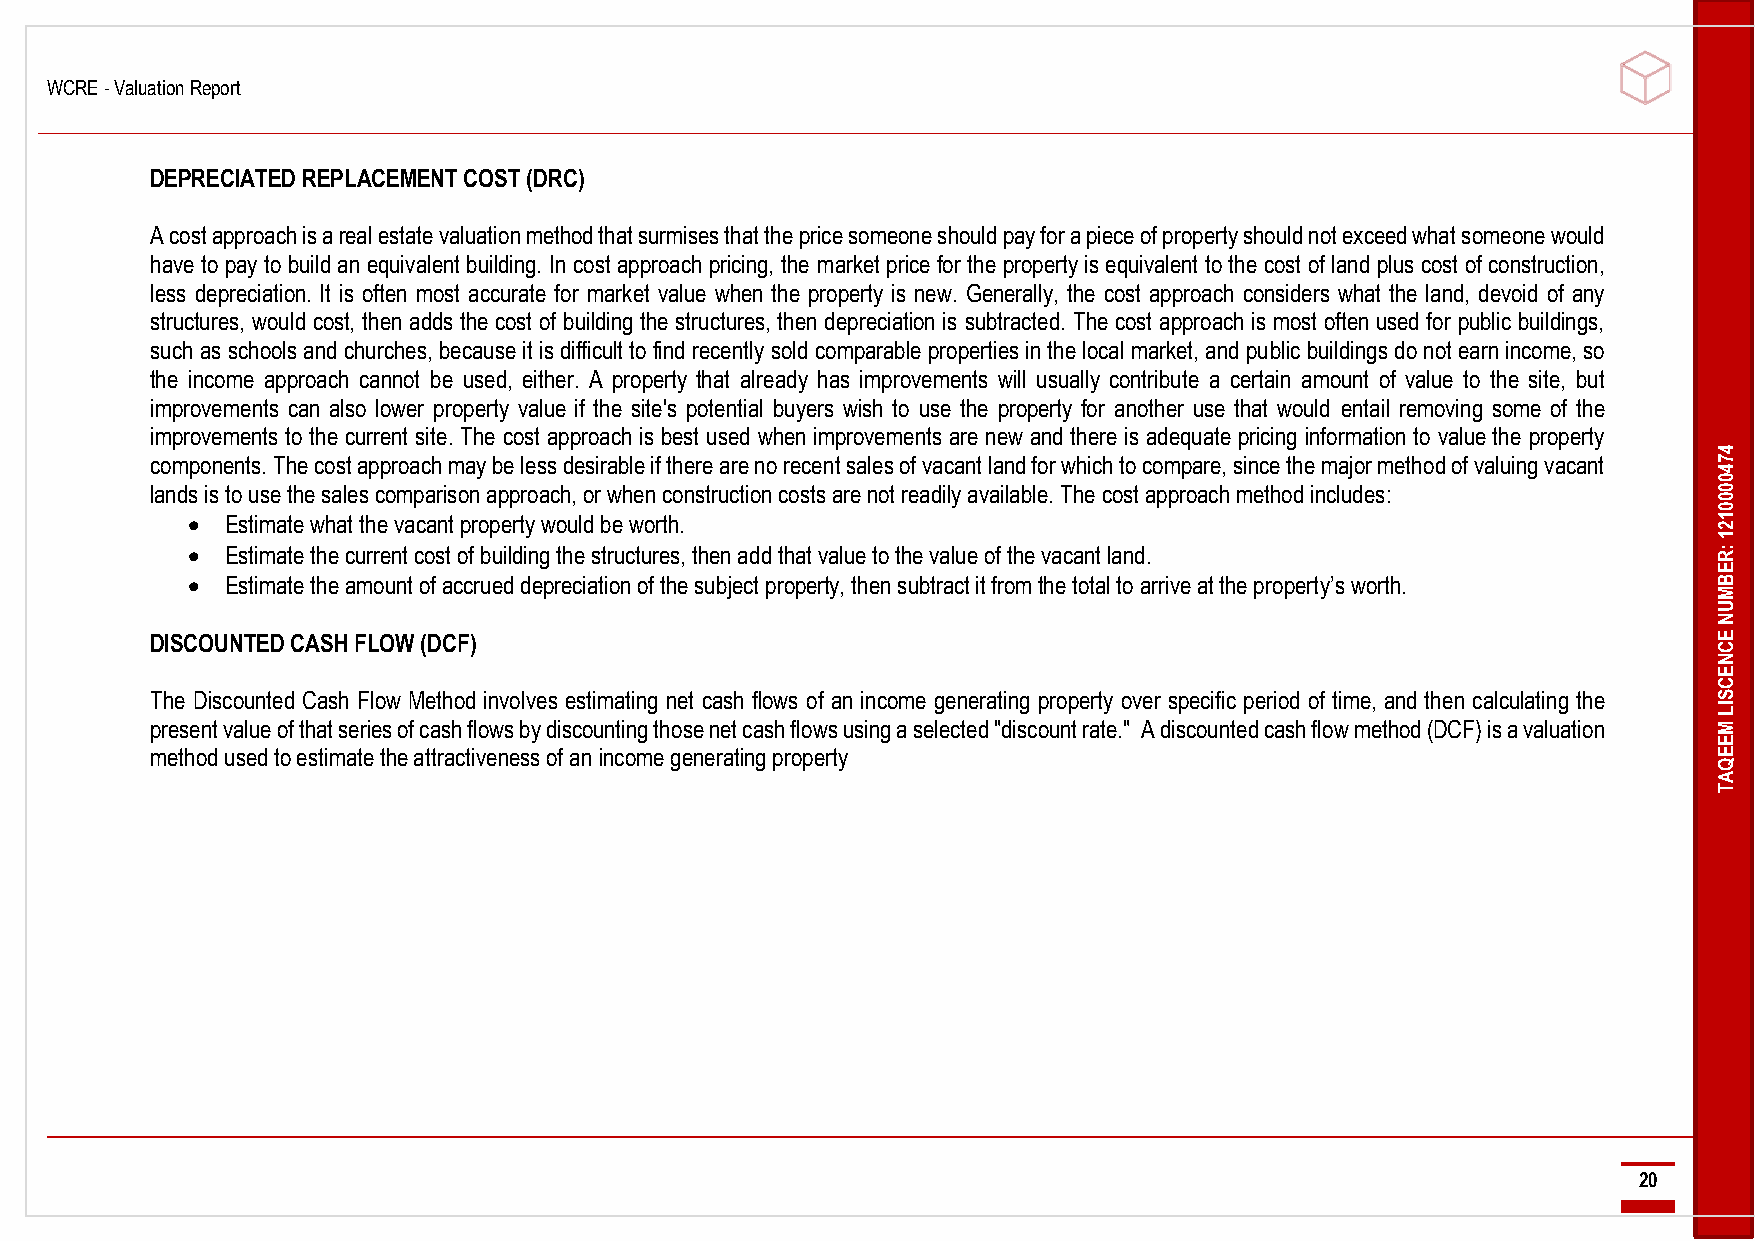
WCRE - Valuation Report
 -------------------------------------------------------------------------------------------------------------------------------------------------------------------------------------------------------------------------------------------------------------------------------------------------------------------------------------------------------------------------------------------------------------------------------------
 DEPRECIATED REPLACEMENT COST (DRC)
 A cost approach is a real estate valuation method that surmises that the price someone should pay for a piece of property should not exceed what someone would
 have to pay to build an equivalent building. In cost approach pricing, the market price for the property is equivalent to the cost of land plus cost of construction,
 less depreciation. It is often most accurate for market value when the property is new. Generally, the cost approach considers what the land, devoid of any
 structures, would cost, then adds the cost of building the structures, then depreciation is subtracted. The cost approach is most often used for public buildings,
 such as schools and churches, because it is difficult to find recently sold comparable properties in the local market, and public buildings do not earn income, so
 the income approach cannot be used, either. A property that already has improvements will usually contribute a certain amount of value to the site, but
 improvements can also lower property value if the site's potential buyers wish to use the property for another use that would entail removing some of the
 improvements to the current site. The cost approach is best used when improvements are new and there is adequate pricing information to value the property
 4
 components. The cost approach may be less desirable if there are no recent sales of vacant land for which to compare, since the major method of valuing vacant 7
 4
 0
 lands is to use the sales comparison approach, or when construction costs are not readily available. The cost approach method includes: 0
 0
 0
 •  Estimate what the vacant property would be worth.                                                  1
 2
 1
 •  Estimate the current cost of building the structures, then add that value to the value of the vacant land. :R
 E
 •  Estimate the amount of accrued depreciation of the subject property, then subtract it from the total to arrive at the property’s worth. B
 M
 U
 N
 DISCOUNTED CASH FLOW (DCF)                                                                              E
 C
 N
 E
 C
 The Discounted Cash Flow Method involves estimating net cash flows of an income generating property over specific period of time, and then calculating the S
 IL
 present value of that series of cash flows by discounting those net cash flows using a selected "discount rate." A discounted cash flow method (DCF) is a valuation M
 E
 method used to estimate the attractiveness of an income generating property                             E
 Q
 A
 T
 ----------------------------------------------------------------------------------------------------------------------------------------------------------------------------------------------------------------------------------------------------------------------------------------------------------------------------------------------------------------------------------------------------------------------------------
 20